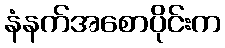
နံနက်အစောပိုင်းက